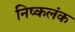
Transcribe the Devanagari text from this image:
निष्‍कलंक